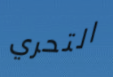
التحري